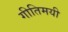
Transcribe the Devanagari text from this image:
गीतिमयी